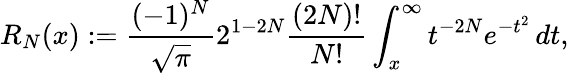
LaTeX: R_{N}(x):={\frac{(-1)^{N}}{\sqrt{\pi}}}2^{1-2N}{\frac{(2N)!}{N!}}\int_{x}^{\infty}t^{-2N}e^{-t^{2}}\, dt,